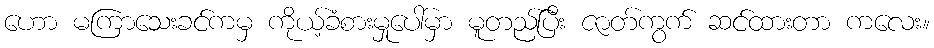
ဟော မကြာသေးခင်ကမှ ကိုယ့်ခံစားမှုပေါ်မှာ မူတည်ပြီး ဇာတ်ကွက် ဆင်ထားတာ ကလေး။